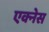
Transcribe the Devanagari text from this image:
एक्नेस